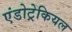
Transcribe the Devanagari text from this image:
एंडोट्रेकियल